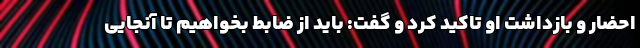
احضار و بازداشت او تاکید کرد و گفت: باید از ضابط بخواهیم تا آنجایی